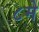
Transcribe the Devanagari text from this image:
८मे